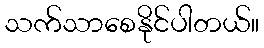
သက်သာစေနိုင်ပါတယ်။